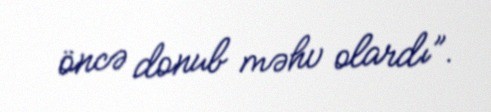
öncə donub məhv olardı”.